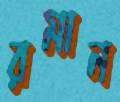
রমান